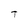
Character: T